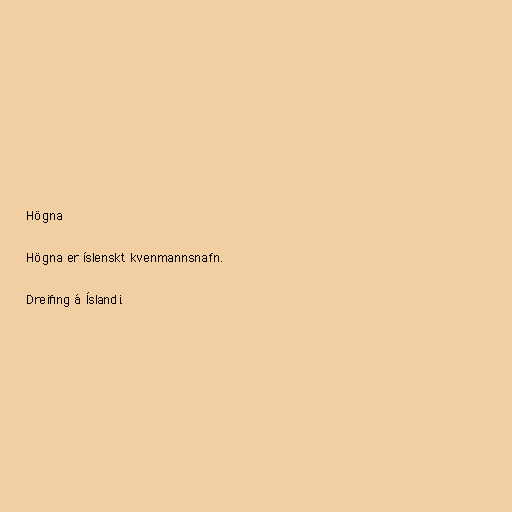
Högna

Högna er íslenskt kvenmannsnafn.

Dreifing á Íslandi.